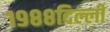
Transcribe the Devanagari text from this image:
१९८८दिल्ली